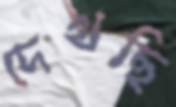
দেখছি